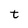
Character: t